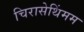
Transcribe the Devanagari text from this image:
चिरासेथिंमम